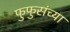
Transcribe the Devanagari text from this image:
फुफुसंच्या